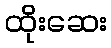
ထိုးဆေး